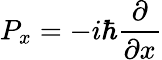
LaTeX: P_{x}=-i\hbar\frac{\partial}{\partial x}